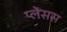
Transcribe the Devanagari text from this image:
प्लेसस